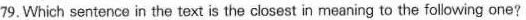
79.Which sentence in the text is the closest in meaning to the following one?